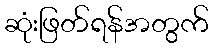
ဆုံးဖြတ်ရန်အတွက်